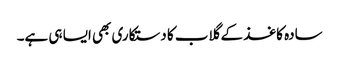
سادہ کاغذ کے گلاب کا دستکاری بھی ایسا ہی ہے۔